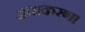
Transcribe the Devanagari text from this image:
अपाकरण।